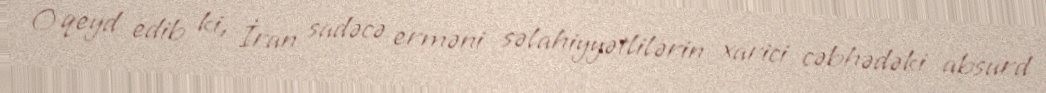
O qeyd edib ki, İran sadəcə erməni səlahiyyətlilərin xarici cəbhədəki absurd